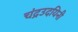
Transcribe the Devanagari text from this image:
चंद्रउदयिनी